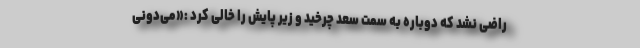
راضی نشد که دوباره به سمت سعد چرخید و زیر پایش را خالی کرد :«می‌دونی